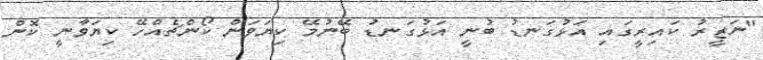
"ނަޒީރު ކައިރީގައި އަޅުގަނޑު ބުނީ އަޅުގަނޑު ބޭނުމޭ ކިޔަވަން ކޯންޗެއްހޭ ކިޔަވާނީ ކޮން